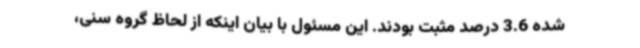
شده 3‌.6 درصد مثبت بودند. این مسئول با بیان اینکه از لحاظ گروه سنی،